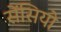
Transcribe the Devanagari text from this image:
सेंसियो